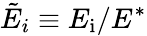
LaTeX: \tilde{E}_{i}\equiv E_{\mathrm{i}}/E^{*}